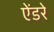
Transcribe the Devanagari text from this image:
ऐंडरे